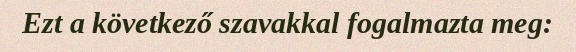
Ezt a következő szavakkal fogalmazta meg: